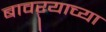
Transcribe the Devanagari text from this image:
बावऱ्याच्या